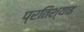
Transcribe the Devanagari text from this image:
प्रतिश्याइ